Leaving Certificate Examination, 1912
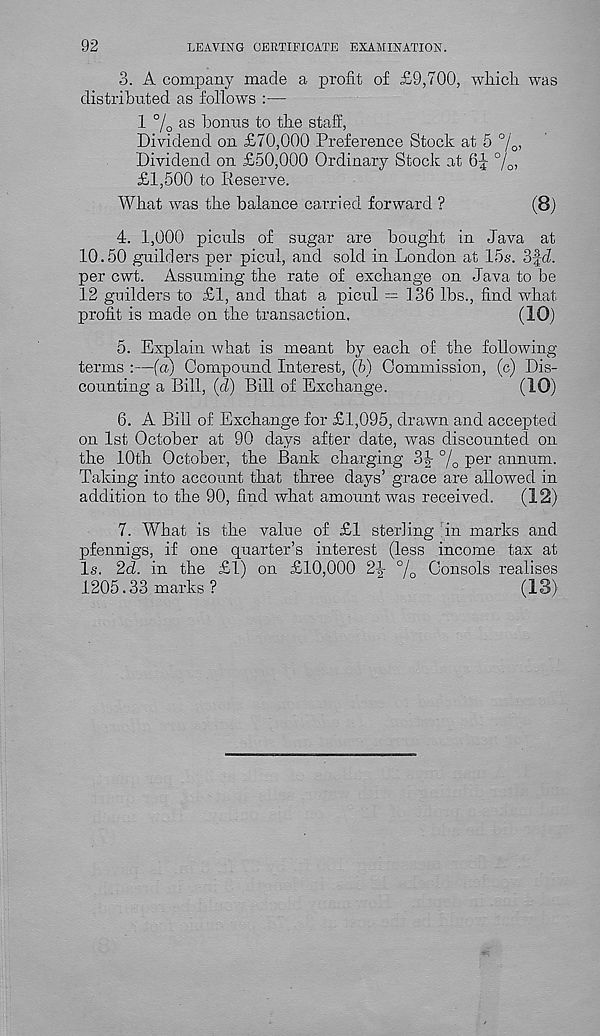
92
LEAVING CERTIFICATE EXAMINATION.
3. A company made a profit of £9,700, wliicli was
distributed as follows :—
1 % as bonus to the staff,
Dividend on £70,000 Preference Stock at 5 0 j 0 ,
Dividend on £50,000 Ordinary Stock at 6J %>
£1,500 to Reserve.
What was the balance carried forward ?
(8)
4. 1,000 piculs of sugar are bought in Java at
10.50 guilders per picul, and sold in London at 15s. 3fJ.
per cwt. Assuming the rate of exchange on Java to be
12 guilders to £1, and that a picul — 136 lbs., find what
profit is made on the transaction.
(10)
5. Explain what is meant by each of the following
terms :—(a) Compound Interest, (6) Commission, (c) Dis-
counting a Bill, (J) Bill of Exchange.
(10)
6. A Bill of Exchange for £1,095, drawn and accepted
on 1st October at 90 days after date, was discounted on
the 10th October, the Bank charging 3^ % P er annum.
Taking into account that three days’ grace are allowed in
addition to the 90, find what amount was received.
(12)
7. What is the value of £1 sterling in marks and
pfennigs, if one quarter’s interest (less income tax at
Is. 2d. in the £1) on £10,000 2-|- °/ 0 Consols realises
1205.33 marks ?
(13)